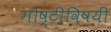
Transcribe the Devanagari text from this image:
गोष्टीविषयीं